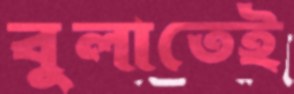
বুলাতেই